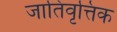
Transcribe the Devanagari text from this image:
जातिवृत्तिक